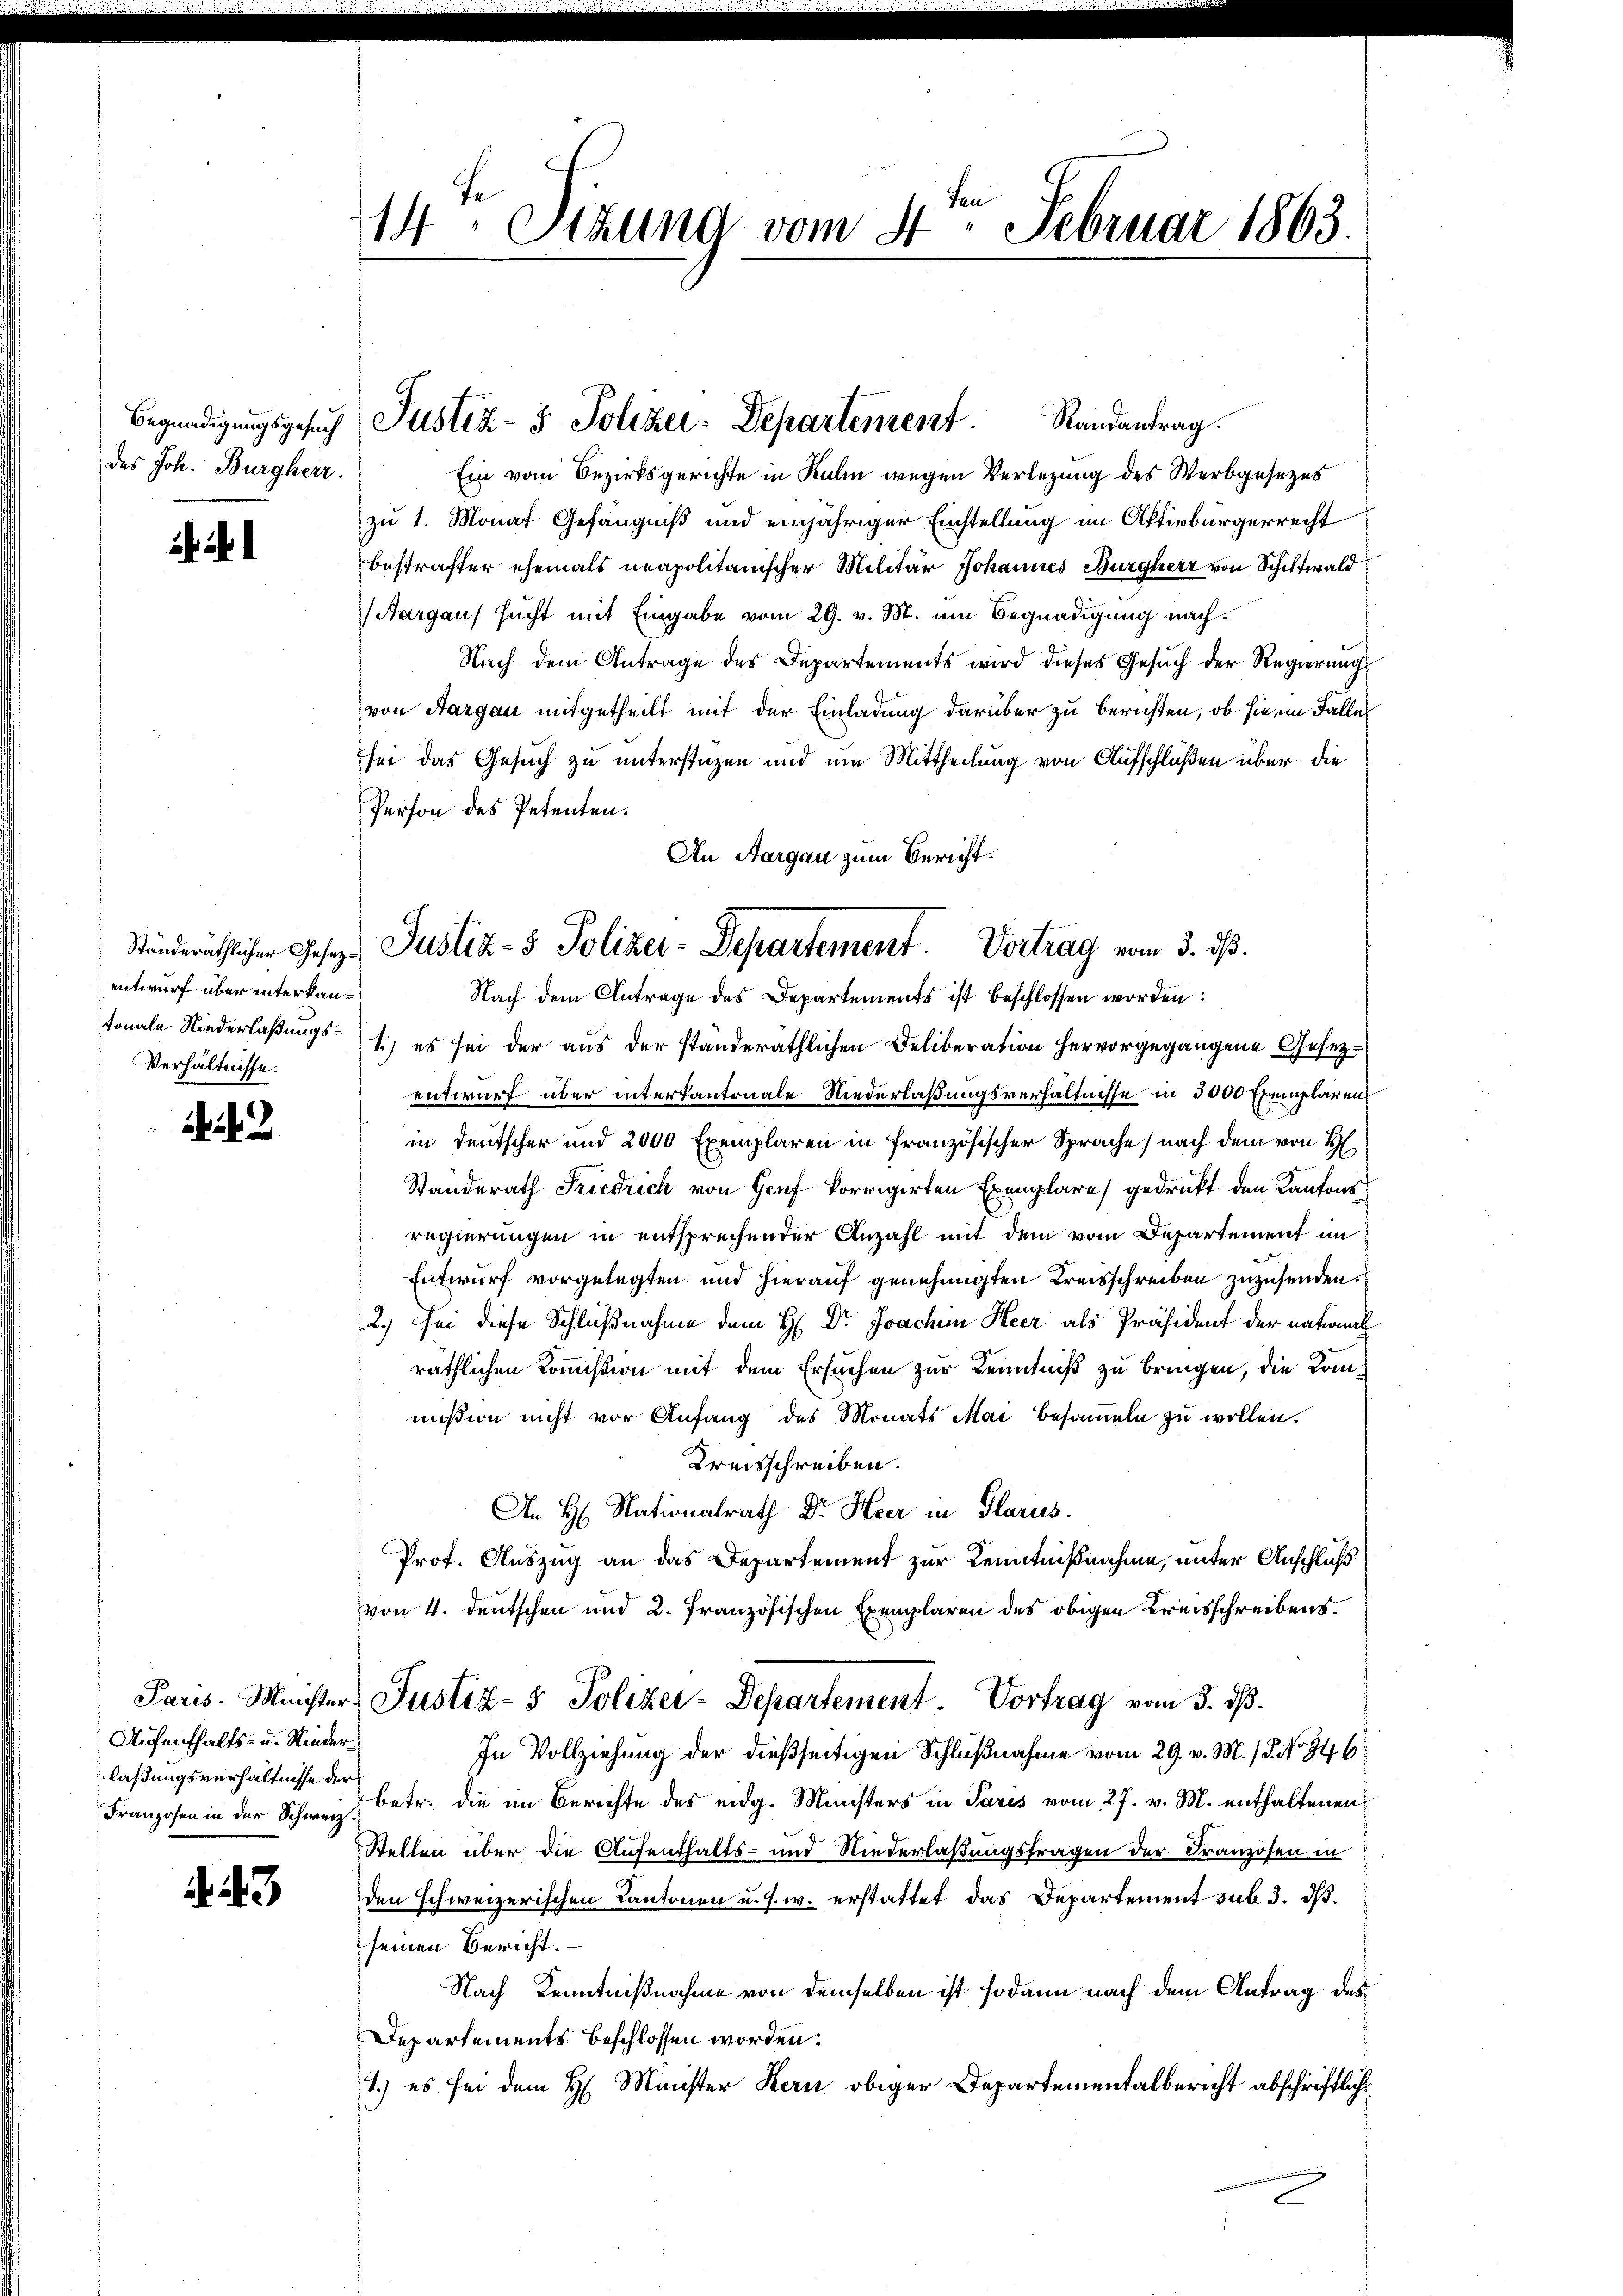
des Joh. Burgherr

entwurf über interkan¬
Verhältnisse.

Aufenthalts- u. Niederlaßungsverhältnisse der

23

n
14 Sezung vom 4. Februar 1863.

Ein vom Bezirksgerichte in Kulm wegen Verlegung des Werbgesezes
zu 1. Monat Gefängniß und einjähriger Einstellung im Aktivbürgerrecht
bestrafter ehemals neapolitanischer Militär Johannes Burgherz von Schiltwald
Aargau sucht mit Eingabe vom 29. v. M. um Begnadigung nach¬
Nach dem Antrage des Departements wird dieses Gesuch der Regierung
von Aargau mitgetheilt mit der Einladung darüber zu berichten, ob sie im Falle
sei das Gesuch zu unterstüzen und um Mittheilung von Aufschlüßen über die
Person des Petenten.
An Aargau zum Bericht.
Ständeräthlichen Gesetz- Justiz- & Polizer-Departement. Vortrag vom 3. ds.

tonale Niederlaßungs- 1.) es sei der aus der standeräthlichen Deliberation hervorgegangene Gesezentwurf über interkantonale Niederlaßungsverhältnisse in 3000 Exemplaren
in Deutscher und 2000 Exemplaren in französischer Sprache, nach dem von H
Standerath Friedrich von Genf korrigirten Exemplare gedruckt den Kantons
regierungen in entsprechender Anzahl mit dem vom Departement im
Entwurf vorgelegten und hierauf genehmigten Kreisschreiben zuzusenden.
2.) Sei diese Schlußnahme dem H: Dr. Joachen Heer als Präsident der national
räthlichen Kommission mit dem Ersuchen zur Kenntniß zu bringen, die Kommißion nicht vor Anfang des Monats Mai besammeln zu wollen.
Kreisschreiben.
An H. Nationalrath Dr. Heer in Glarus.
Prof. Auszug an das Departement zur Kenntnißnahme, unter Anschluß
von 4. deutschen und 2. Französischen Exemplaren des obigen Kreisschreibens¬
Paris. Minister-Justiz- & Polizei-Departement. Vortrag vom 5. dß.
In Vollziehung der dießseitigen Schlußnahme vom 29. v. M. / 5. No 346
Franzosen in der Schweiz. betr. die im Berichte des eidg. Ministers in Paris vom 27. v. M. enthaltenen
Stellen über die Aufenthalts- und Niederlaßungsfragen der Franzosen in
den schweizerischen Kantonen u. s. w. erstattet das Departement sub 3. dß.
seinen Bericht.
Nach Kenntnißnahme von demselben ist sodann nach dem Antrag des
Departements beschlossen worden.
1.) es sei dem H. Minister Kern obiger Departementalbericht abschriftlich
d

Begnadigungsgesuch Pustiz- & Polizei-Departement.
Randantrag.

Nach dem Antrage des Departements ist beschlossen worden: